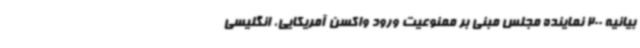
بیانیه 200 نماینده مجلس مبنی بر ممنوعیت ورود واکسن آمریکایی، انگلیسی